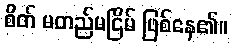
စိတ် မတည်မငြိမ် ဖြစ်နေ၏။